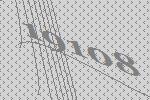
19108